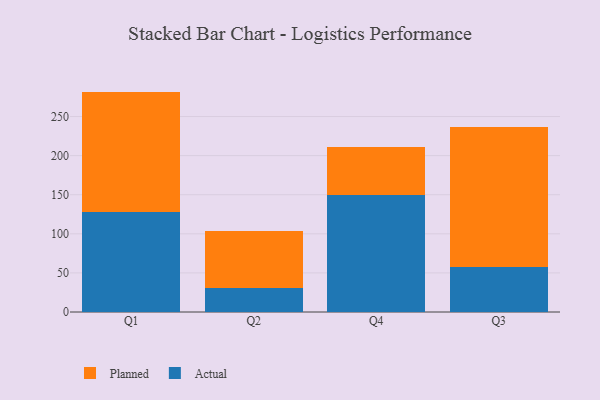
{"axis": {"x": "Quarter", "y": "Energy Usage (MWh)"}, "legend": ["Actual", "Planned"], "data": [{"x": "Q1", "y": 127.5, "type": "Actual"}, {"x": "Q1", "y": 154.4, "type": "Planned"}, {"x": "Q2", "y": 30.9, "type": "Actual"}, {"x": "Q2", "y": 72.2, "type": "Planned"}, {"x": "Q4", "y": 149.9, "type": "Actual"}, {"x": "Q4", "y": 61.3, "type": "Planned"}, {"x": "Q3", "y": 57.9, "type": "Actual"}, {"x": "Q3", "y": 178.4, "type": "Planned"}]}